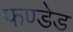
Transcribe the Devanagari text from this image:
फण्डेड